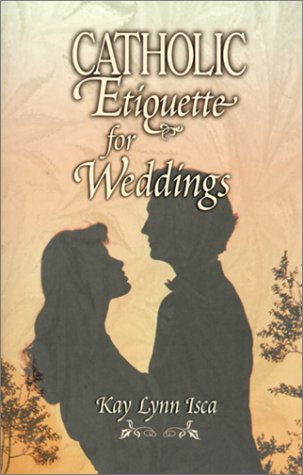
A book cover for Catholic Etiquette for Weddings; Kay Lynn Isca; Crafts, Hobbies & Home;